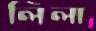
লিলা